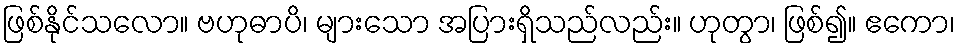
ဖြစ်နိုင်သလော။ ဗဟုဓာပိ၊ များသော အပြားရှိသည်လည်း။ ဟုတွာ၊ ဖြစ်၍။ ဧကော၊